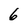
Character: 6